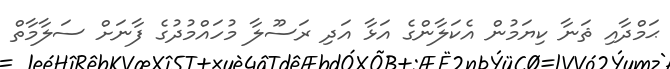
ޙަމްދާއި ޘަނާ ކިޔަމުން އެކަލާންގެ އަޅާ އަދި ރަސޫލާ މުހައްމުދުގެ ފާނަށް ސަލާމާތް